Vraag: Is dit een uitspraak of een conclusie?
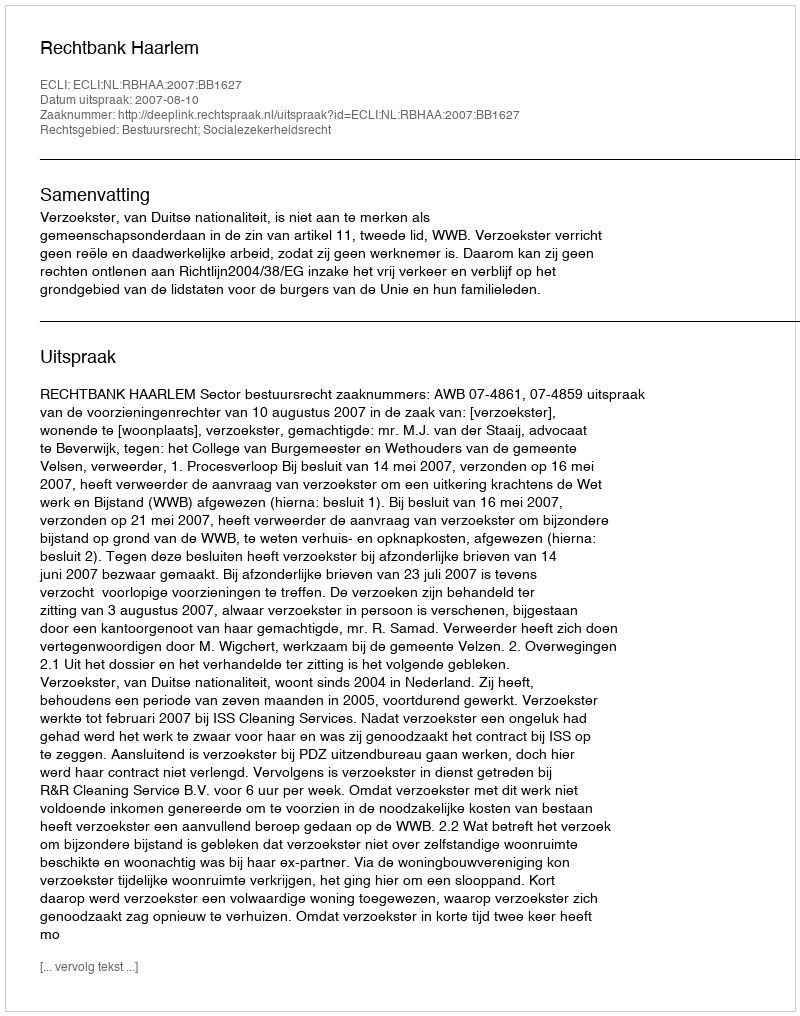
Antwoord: Uitspraak